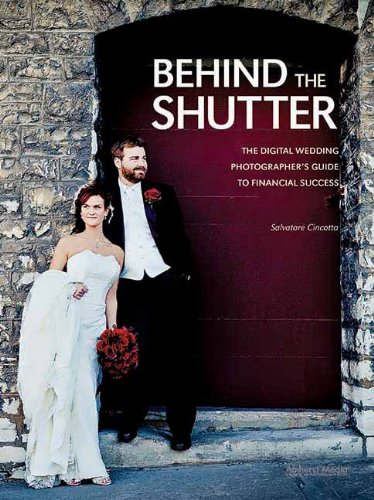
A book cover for Behind the Shutter: The Digital Wedding Photographer's Guide to Financial Success; Salvatore Cincotta; Arts & Photography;